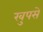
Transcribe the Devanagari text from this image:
खुपसे